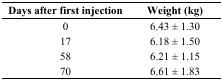
<table><thead><tr><td><b>Days after first injection</b></td><td><b>Weight (kg)</b></td></tr></thead><tbody><tr><td>0</td><td>6.43 ± 1.30</td></tr><tr><td>17</td><td>6.18 ± 1.50</td></tr><tr><td>58</td><td>6.21 ± 1.15</td></tr><tr><td>70</td><td>6.61 ± 1.83</td></tr></tbody></table>